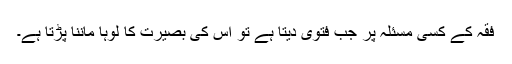
فقہ کے کسی مسئلہ پر جب فتویٰ دیتا ہے تو اس کی بصیرت کا لوہا ماننا پڑتا ہے۔